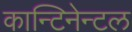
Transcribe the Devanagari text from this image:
कान्टिनेन्टल